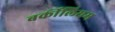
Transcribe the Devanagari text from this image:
बर्कीलियम